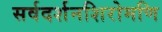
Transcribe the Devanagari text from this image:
सर्वदर्शनशिरोमणि